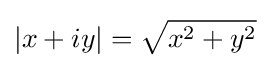
|x+iy|={\sqrt {x^{2}+y^{2}}}